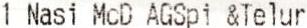
1 NASI MCD AGSPI &TELUR